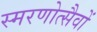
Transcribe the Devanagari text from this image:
स्मरणोत्सैवों